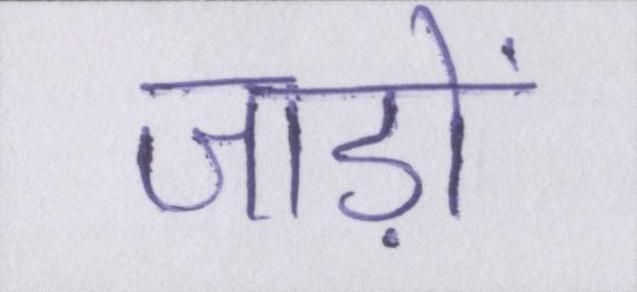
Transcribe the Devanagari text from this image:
जाड़ों